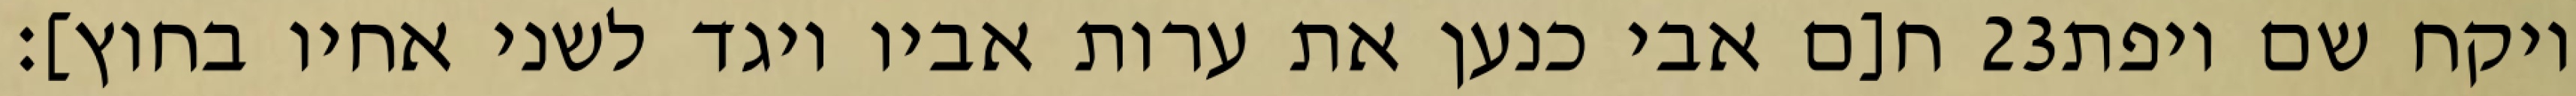
ח[ם אבי כנען את ערות אביו ויגד לשני אחיו בחוץ]׃ ‎23‏ ויקח שם ויפת